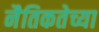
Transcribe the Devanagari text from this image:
नैतिकतेच्या